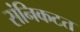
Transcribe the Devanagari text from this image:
संनिकटत